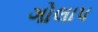
ગોલાપ